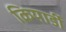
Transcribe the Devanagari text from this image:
कियार्डी